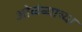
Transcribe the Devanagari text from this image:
ओळंब्याच्या